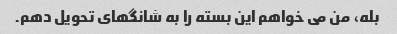
بله، من می خواهم این بسته را به شانگهای تحویل دهم.